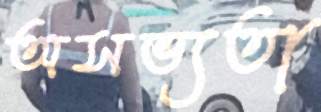
অসভ্যতা